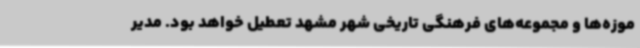
موزه‌ها و مجموعه‌های فرهنگی تاریخی شهر مشهد تعطیل خواهد بود. مدیر